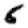
Digit: 6